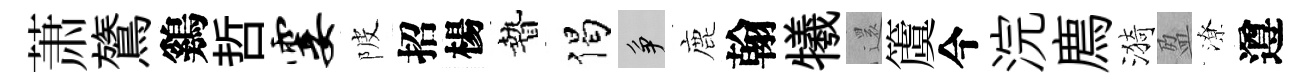
萧鷟鷄哲霎陂招楊贄偈争鹿翰犧𮟃𥵂今浣廌漪盈潦遵